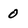
Character: 0